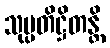
သုပ္ပတိဋ္ဌိတန္တိ